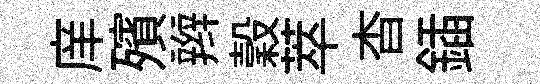
庠殯辫穀萃杳鍤